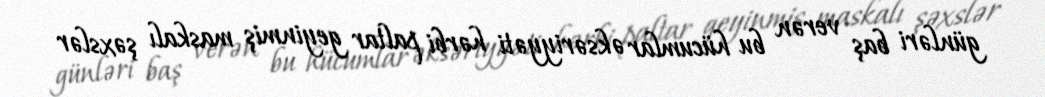
günləri baş verən bu hücumlar əksəriyyəti hərbi paltar geyinmiş maskalı şəxslər